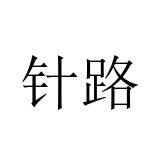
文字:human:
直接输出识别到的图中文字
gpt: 针路